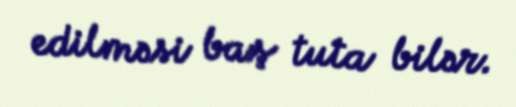
edilməsi baş tuta bilər.